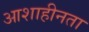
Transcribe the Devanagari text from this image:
आशाहीनता